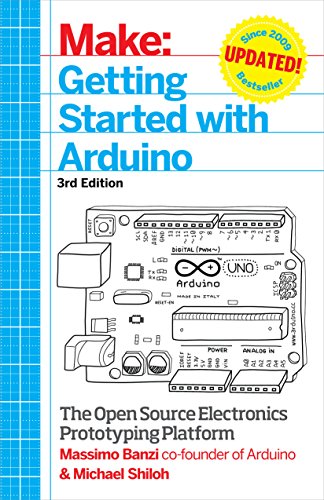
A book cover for Make: Getting Started with Arduino: The Open Source Electronics Prototyping Platform; Massimo Banzi; Engineering & Transportation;